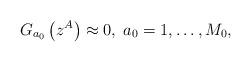
LaTeX: \begin{align*}G_{a_{0}}\left( z^{A}\right) \approx 0,\;a_{0}=1,\ldots ,M_{0}, \end{align*}